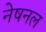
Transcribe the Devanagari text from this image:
नेषनल